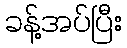
ခန့်အပ်ပြီး